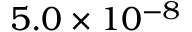
5 . 0 \times 1 0 ^ { - 8 }